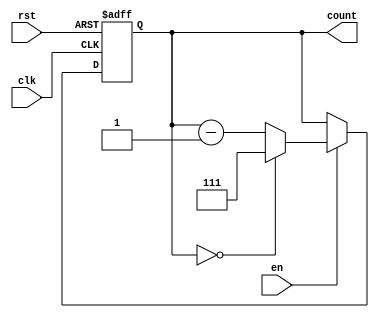
module down_counter #(
    parameter N = 3  // Parameter to define the width of the counter (default is 3 bits)
) (
    input wire clk,   // Clock input
    input wire rst,   // Asynchronous reset input
    input wire en,    // Enable input
    output reg [N-1:0] count // Current counter value
);

// Maximum value for N-bit counter
localparam MAX_VALUE = (1 << N) - 1; // 2^N - 1

always @(posedge clk or posedge rst) begin
    if (rst) begin
        // Resetting the count to maximum value
        count <= MAX_VALUE;
    end else if (en) begin
        // Decrementing the count
        if (count == 0) begin
            count <= MAX_VALUE; // Wrap back to maximum value
        end else begin
            count <= count - 1; // Decrement the counter
        end
    end
    // If enable is low, the counter keeps its current value
end

endmodule